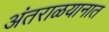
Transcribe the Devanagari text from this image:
अंतराळयानात